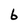
Character: 6